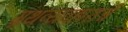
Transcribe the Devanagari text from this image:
ग्रंथव्यवहाराचे